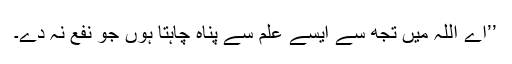
’’اے اللہ میں تجھ سے ایسے علم سے پناہ چاہتا ہوں جو نفع نہ دے۔